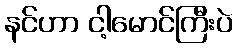
နင်ဟာ ငါ့မောင်ကြီးပဲ